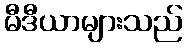
မီဒီယာများသည်